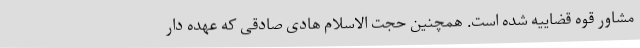
مشاور قوه قضاییه شده است. همچنین حجت الاسلام هادی صادقی که عهده دار